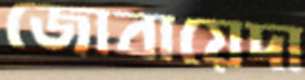
জোবায়েদা